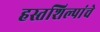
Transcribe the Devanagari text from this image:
हस्तशिल्पांचे